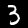
Digit: 3